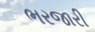
ભરજારી